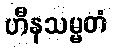
ဟီနသမ္မတံ